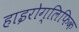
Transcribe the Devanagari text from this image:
हाइरोग्लिफिक